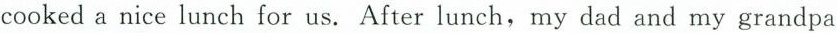
cooked a nice lunch for us. After lunch,my dad and my grandpa